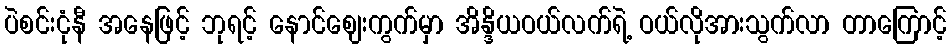
ပဲစင်းငုံနီ အနေဖြင့် ဘုရင့် နောင်ဈေးကွက်မှာ အိန္ဒိယဝယ်လက်ရဲ့ ဝယ်လိုအားသွက်လာ တာကြောင့်